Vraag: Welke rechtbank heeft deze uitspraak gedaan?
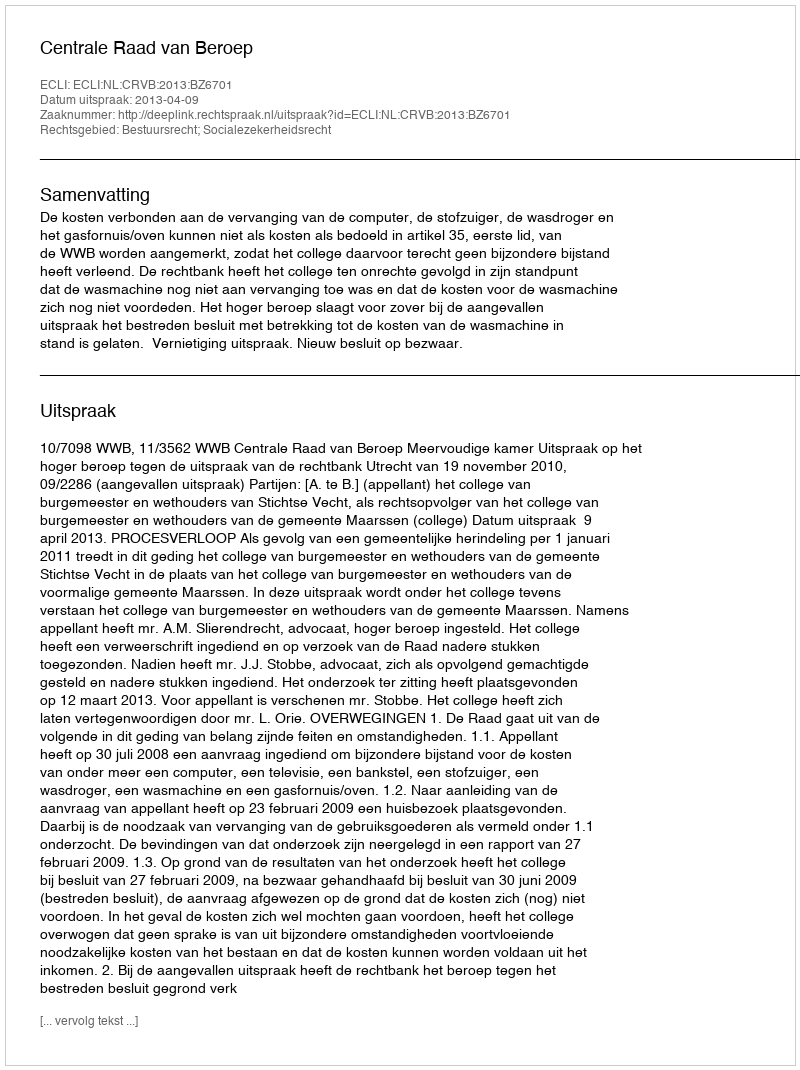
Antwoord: Centrale Raad van Beroep